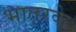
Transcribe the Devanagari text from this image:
भातरके